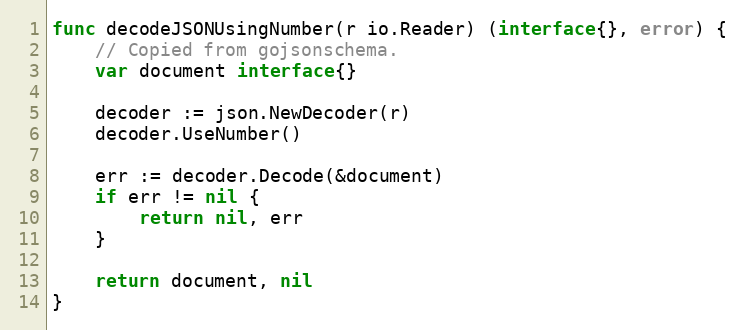
Language: Go
func decodeJSONUsingNumber(r io.Reader) (interface{}, error) {
	// Copied from gojsonschema.
	var document interface{}

	decoder := json.NewDecoder(r)
	decoder.UseNumber()

	err := decoder.Decode(&document)
	if err != nil {
		return nil, err
	}

	return document, nil
}